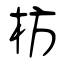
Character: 枋